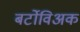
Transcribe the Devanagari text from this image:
बर्टोविअक